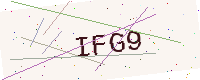
Text: IFG9